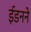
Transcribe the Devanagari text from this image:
ईडनने